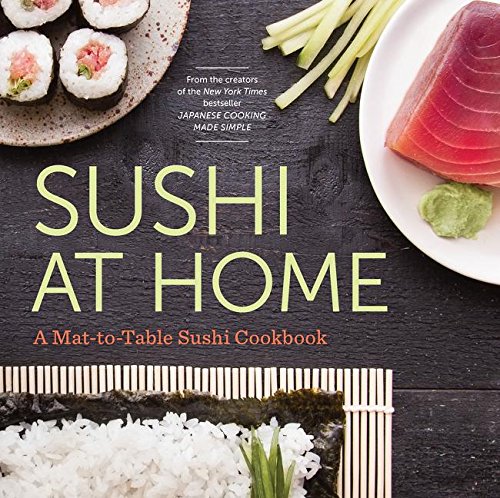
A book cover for Sushi at Home: A Mat-To-Table Sushi Cookbook; Rockridge Press; Cookbooks, Food & Wine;